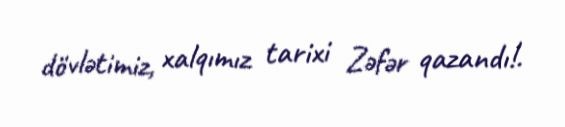
dövlətimiz, xalqımız tarixi Zəfər qazandı!.